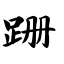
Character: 跚